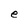
Character: e